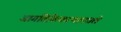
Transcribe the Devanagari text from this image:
जागतिकिकरणामधले